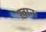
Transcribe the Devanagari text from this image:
ख़ान।